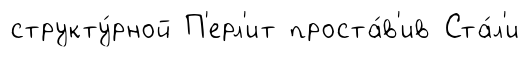
структу́рной П'ерл'ит проста́в'ив Ста́л'и